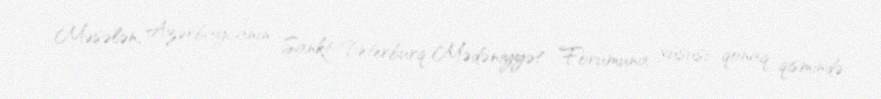
Məsələn, Azərbaycanın Sankt-Peterburq Mədəniyyət Forumuna xüsusi qonaq qismində